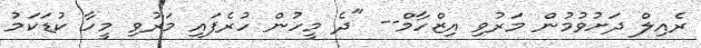
ރެއިލް ދަށުވުމުން މަރުވި އިޒްހާމް-- "ދެ މީހުން ހުރެފައި މަރުވި މީހާ ކުޑަކަމު